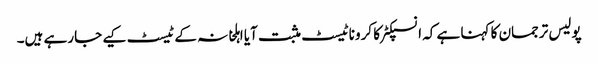
پولیس ترجمان کا کہنا ہے کہ انسپکٹر کا کروناٹیسٹ مثبت آیا اہلخانہ کے ٹیسٹ کیے جارہے ہیں۔